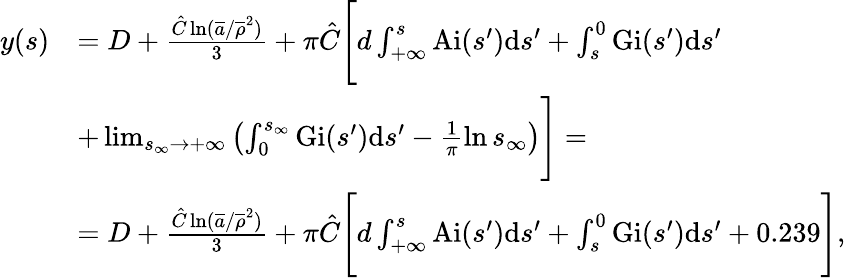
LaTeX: \begin{array}{rl}{y(s)}&{=D+\frac{\hat{C}\ln(\overline{{a}}/\overline{{\rho}}^{2})}{3}+\pi\hat{C}\Bigg[d\int_{+\infty}^{s}\mathrm{Ai}(s^{\prime})\mathrm{d}s^{\prime}+\int_{s}^{0}\mathrm{Gi}(s^{\prime})\mathrm{d}s^{\prime}}\\ &{+\operatorname*{lim}_{s_{\infty}\rightarrow+\infty}\left(\int_{0}^{s_{\infty}}\mathrm{Gi}(s^{\prime})\mathrm{d}s^{\prime}-\frac{1}{\pi}\ln s_{\infty}\right)\Bigg]=}\\ &{=D+\frac{\hat{C}\ln(\overline{{a}}/\overline{{\rho}}^{2})}{3}+\pi\hat{C}\Bigg[d\int_{+\infty}^{s}\mathrm{Ai}(s^{\prime})\mathrm{d}s^{\prime}+\int_{s}^{0}\mathrm{Gi}(s^{\prime})\mathrm{d}s^{\prime}+0.239\Bigg],}\end{array}